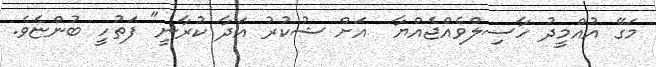
މަގޭ އުއްމީދު ހާސިލްވެއްޖެއްޔާ  އަށް ޝުކުރު އަދާ ކުރާނީ" ފަތުހީ ބުންޏެވެ.